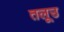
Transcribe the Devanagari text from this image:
तलूउ